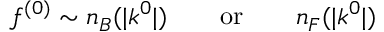
f ^ { ( 0 ) } \sim n _ { B } ( | k ^ { 0 } | ) \qquad \mathrm { o r } \qquad n _ { F } ( | k ^ { 0 } | )